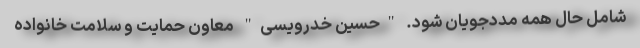
شامل حال همه مددجویان شود. "حسین خدرویسی" معاون حمایت و سلامت خانواده